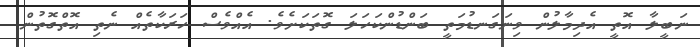
ނަބީލާ އޮތީ އެދިމާލުން ވިނަގަނޑުމަތީ ބަންޑުންކަހަލަ ގޮތަކަށެވެ. އެއްވެސް ހަރަކާތެއް ނެތި އޮތްގޮތުން